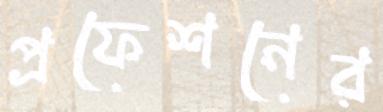
প্রফেশনের